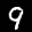
Label: 9